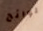
لوائح